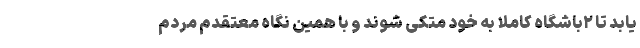
یابد تا ۲باشگاه کاملا به خود متکی شوند و با همین نگاه معتقدم مردم